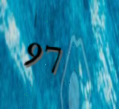
97